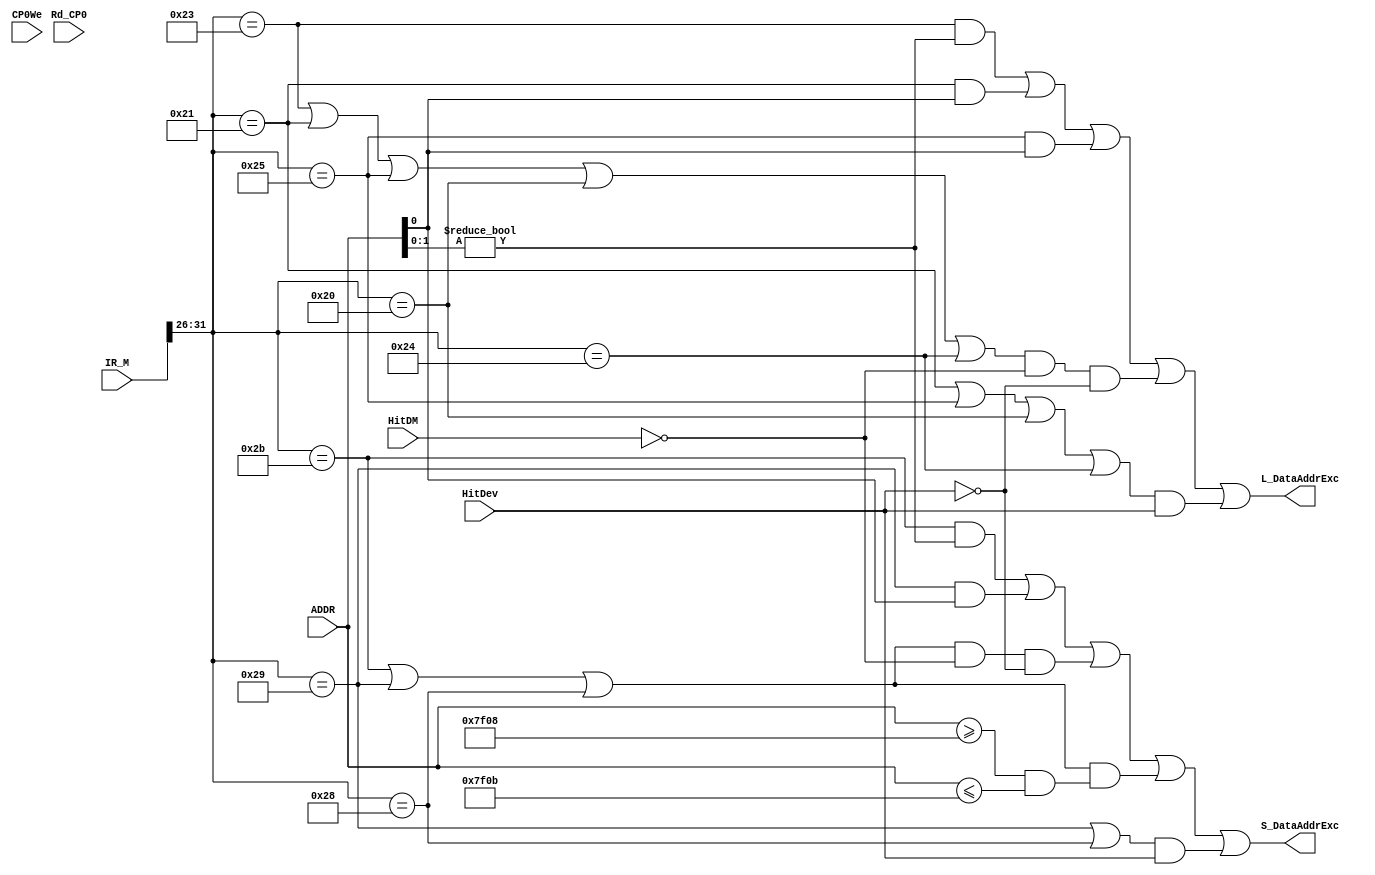
`timescale 1ns / 1ps
//////////////////////////////////////////////////////////////////////////////////
`define sw (IR_M[31:26] == 6'b101011)
`define sh (IR_M[31:26] == 6'b101001)
`define sb (IR_M[31:26] == 6'b101000)
`define lb (IR_M[31:26] == 6'b100000)
`define lbu (IR_M[31:26] == 6'b100100)
`define lh (IR_M[31:26] == 6'b100001)
`define lhu (IR_M[31:26] == 6'b100101)
`define lw (IR_M[31:26] == 6'b100011)
module Exc_detector_M(
    input [31:0] IR_M,
    input [31:0] ADDR,
    input HitDM,
    input HitDev,
	 input CP0We,
	 input [4:0] Rd_CP0,
    output S_DataAddrExc,
    output L_DataAddrExc
    );
	 
	 wire S_Exc_1, S_Exc_2, S_Exc_3, S_Exc_4;			// 
	 wire L_Exc_1, L_Exc_2;
	 
	 assign S_Exc_1 = (`sw && (ADDR[1:0] != 2'b00)) || (`sh && ADDR[0]); 		//
	 assign S_Exc_2 = (`sw | `sh | `sb) && ~HitDM && ~HitDev;						//DMDev
	 assign S_Exc_3 = (`sw | `sh | `sb) && ((ADDR >= 32'h00007f08 && ADDR <= 32'h00007f0b)/* || (ADDR >= 32'h00007f18 && ADDR <= 32'h00007f1b)*/);	//timercount
	 assign S_Exc_4 = (`sh | `sb) && HitDev;//CP0We && (Rd_CP0 != 5'd12 && Rd_CP0 != 5'd14);
	 
	 assign L_Exc_1 = (`lw && (ADDR[1:0] != 2'b00)) || (`lh && ADDR[0]) || (`lhu && ADDR[0]); 		//
	 assign L_Exc_2 = (`lw | `lh | `lhu | `lb | `lbu) && ~HitDM && ~HitDev;		//DMDev
	 assign L_Exc_3 = (`lh | `lhu | `lb | `lbu) && HitDev;							// lh  lhu  lb  lbu 
	 
	 assign S_DataAddrExc = S_Exc_1 | S_Exc_2 | S_Exc_3 | S_Exc_4;
	 assign L_DataAddrExc = L_Exc_1 | L_Exc_2 | L_Exc_3;
	 //sbtimer
	 
endmodule